Problem: 25 - 5 = ?
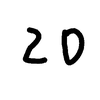
Handwritten answer: 20